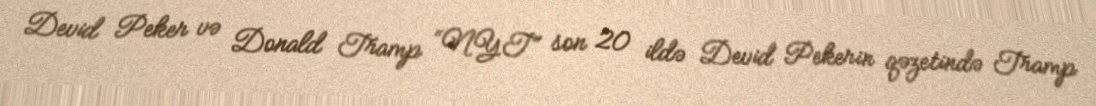
Devid Peker və Donald Tramp “NYT” son 20 ildə Devid Pekerin qəzetində Tramp